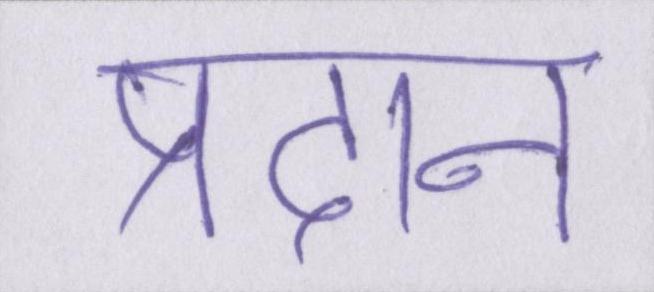
प्रदान